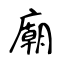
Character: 廟